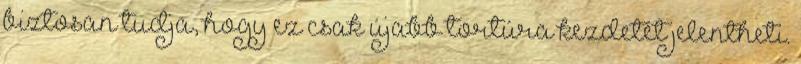
biztosan tudja, hogy ez csak újabb tortúra kezdetét jelentheti.